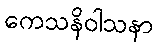
ကေသနိဝါသနာ